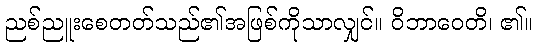
ညစ်ညူးစေတတ်သည်၏အဖြစ်ကိုသာလျှင်။ ဝိဘာဝေတိ၊ ၏။